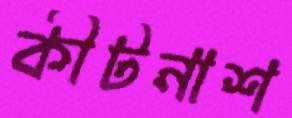
কীটনাশ